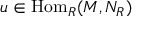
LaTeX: u \in { \mathrm { H o m } } _ { R } ( M , N _ { R } )